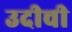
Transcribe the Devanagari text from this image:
उदीची